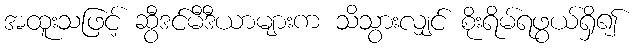
အထူးသဖြင့် ဆွီဒင်မီဒီယာများက သိသွားလျှင် စိုးရိမ်ရဖွယ်ရှိ၍